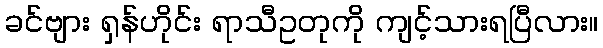
ခင်ဗျား ရှန်ဟိုင်း ရာသီဥတုကို ကျင့်သားရပြီလား။